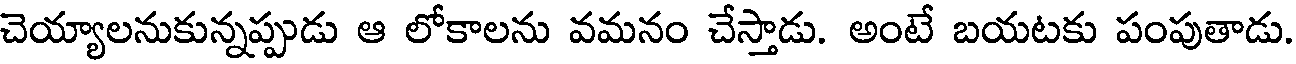
చెయ్యాలనుకున్నప్పుడు ఆ లోకాలను వమనం చేస్తాడు. అంటే బయటకు పంపుతాడు.